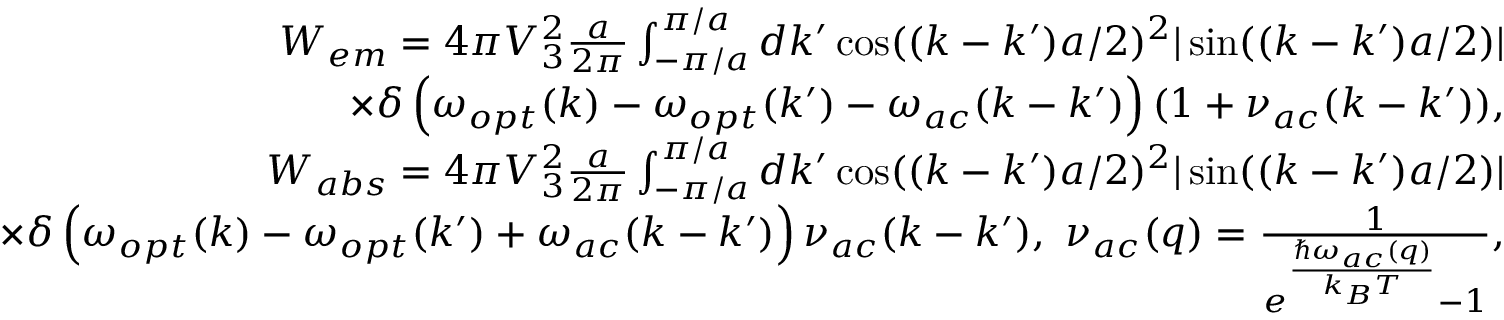
\begin{array} { r } { W _ { e m } = 4 \pi V _ { 3 } ^ { 2 } \frac { a } { 2 \pi } \int _ { - \pi / a } ^ { \pi / a } d k ^ { \prime } \cos ( ( k - k ^ { \prime } ) a / 2 ) ^ { 2 } | \sin ( ( k - k ^ { \prime } ) a / 2 ) | } \\ { \times \delta \left( \omega _ { o p t } ( k ) - \omega _ { o p t } ( k ^ { \prime } ) - \omega _ { a c } ( k - k ^ { \prime } ) \right) ( 1 + \nu _ { a c } ( k - k ^ { \prime } ) ) , } \\ { W _ { a b s } = 4 \pi V _ { 3 } ^ { 2 } \frac { a } { 2 \pi } \int _ { - \pi / a } ^ { \pi / a } d k ^ { \prime } \cos ( ( k - k ^ { \prime } ) a / 2 ) ^ { 2 } | \sin ( ( k - k ^ { \prime } ) a / 2 ) | } \\ { \times \delta \left( \omega _ { o p t } ( k ) - \omega _ { o p t } ( k ^ { \prime } ) + \omega _ { a c } ( k - k ^ { \prime } ) \right) \nu _ { a c } ( k - k ^ { \prime } ) , ~ \nu _ { a c } ( q ) = \frac { 1 } { e ^ { \frac { \hbar \omega _ { a c } ( q ) } { k _ { B } T } } - 1 } , } \end{array}